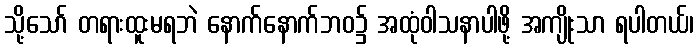
သို့သော် တရားထူးမရဘဲ နောက်နောက်ဘဝ၌ အထုံဝါသနာပါဖို့ အကျိုးသာ ရပါတယ်၊